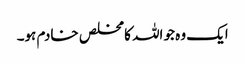
ایک وہ جو اللہ کا مخلص خادم ہو۔